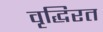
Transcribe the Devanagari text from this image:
वृद्धिरत